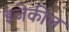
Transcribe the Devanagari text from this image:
इजेकील